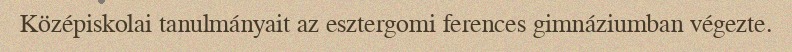
Középiskolai tanulmányait az esztergomi ferences gimnáziumban végezte.